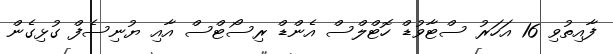
ފާއިތުވި 16 އަހަރު ސްޓާވުޑް ހޮޓްލްސް އެންޑް ރިސޯޓްސް އާއި ޔުނިސެފް ގުޅިގެން